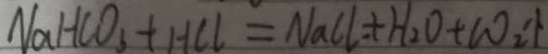
N a H C O _ { 3 } + H C l = N a C l + H _ { 2 } O + C O _ { 2 } \uparrow